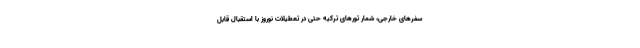
سفرهای خارجی، شمار تورهای ترکیه حتی در تعطیلات نوروز با استقبال قابل